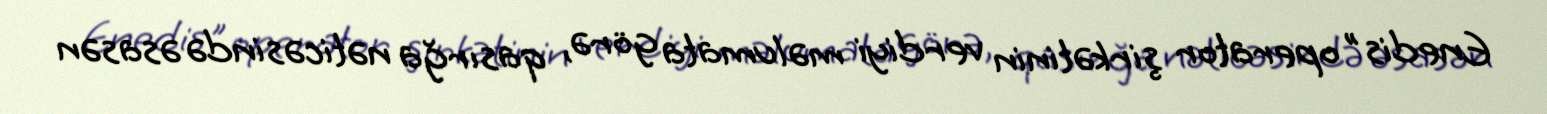
Enedis" operator şirkətinin verdiyi məlumata görə, qasırğa nəticəsində əsasən